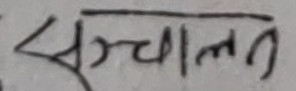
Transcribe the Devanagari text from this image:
सुचालत